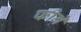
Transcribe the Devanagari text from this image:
फीने